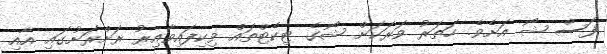
ފަސް ޝޯ އަށެވެ. ހަަތަރު ވަރަކަށް ޝޯގެ ޓިކެޓްތައް ވިކިފައިވާއިރު ރަށްރަށުގައި އާއި